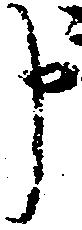
申